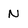
Character: N